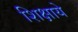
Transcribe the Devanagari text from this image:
शिक्षाये